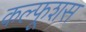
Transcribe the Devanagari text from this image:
कल्फूशस